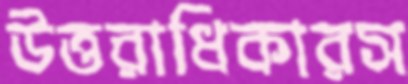
উত্তরাধিকারস